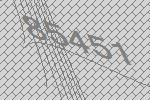
85451